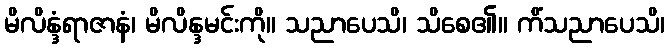
မိလိန္ဒံရာဇာနံ၊ မိလိန္ဒမင်းကို။ သညာပေသိ၊ သိစေ၏။ ကိံသညာပေသိ၊